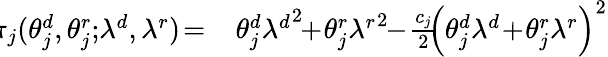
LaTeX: \begin{array}{rl}{\! \! \pi_{j}(\theta_{j}^{d},\theta_{j}^{r};\! \lambda^{d},\lambda^{r})\! =}&{\ \! \theta_{j}^{d}{\lambda^{d}}^{2}\! \! +\! \theta_{j}^{r}{\lambda^{r}}^{2}\! \! -\! \frac{c_{j}}{2}\! \! \left(\theta_{j}^{d}{\lambda^{d}}\! +\! \theta_{j}^{r}{\lambda^{r}}\right)^{2}}\end{array}